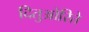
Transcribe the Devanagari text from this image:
दितुओरिते